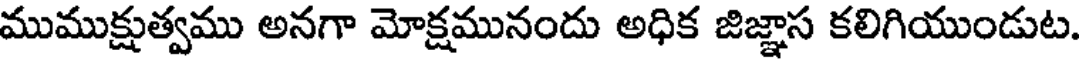
ముముక్షుత్వము అనగా మోక్షమునందు అధిక జిజ్ఞాస కలిగియుండుట.